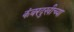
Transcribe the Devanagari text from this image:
कंबरदुखीच्या